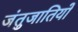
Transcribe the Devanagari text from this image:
जंतुजातियों